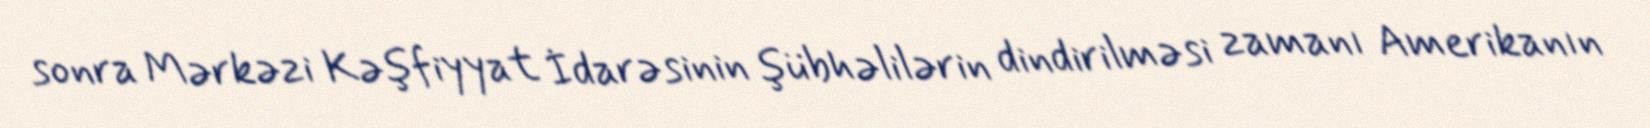
sonra Mərkəzi Kəşfiyyat İdarəsinin şübhəlilərin dindirilməsi zamanı Amerikanın